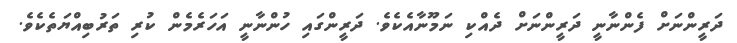
ދަރީންނަށް ފެންނާނީ ދަރީންނަށް ދެއްކި ނަމޫނާއެކެވެ. ދަރީންގައި ހުންނާނީ އަހަރެމެން ކުރި ތަރުބިއްޔަތެކެވެ.